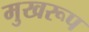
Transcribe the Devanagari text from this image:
मुखरूप